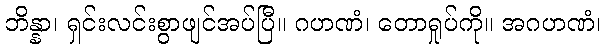
ဘိန္နာ၊ ရှင်းလင်းစွာဖျင်အပ်ပြီ။ ဂဟဏံ၊ တောရှုပ်ကို။ အဂဟဏံ၊